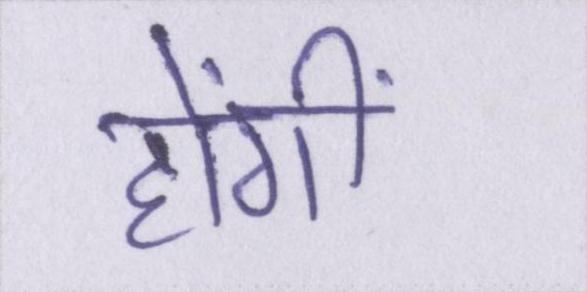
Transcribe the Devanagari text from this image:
होंगीं